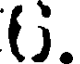
().